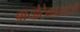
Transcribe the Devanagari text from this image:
बायोटेक्नालोजी